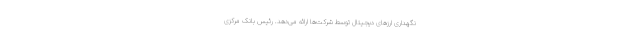
نگهداری ارزهای دیجیتال توسط شرکت‌ها ارائه می‌دهد. رئیس بانک مرکزی